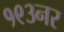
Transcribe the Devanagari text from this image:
१९३नर